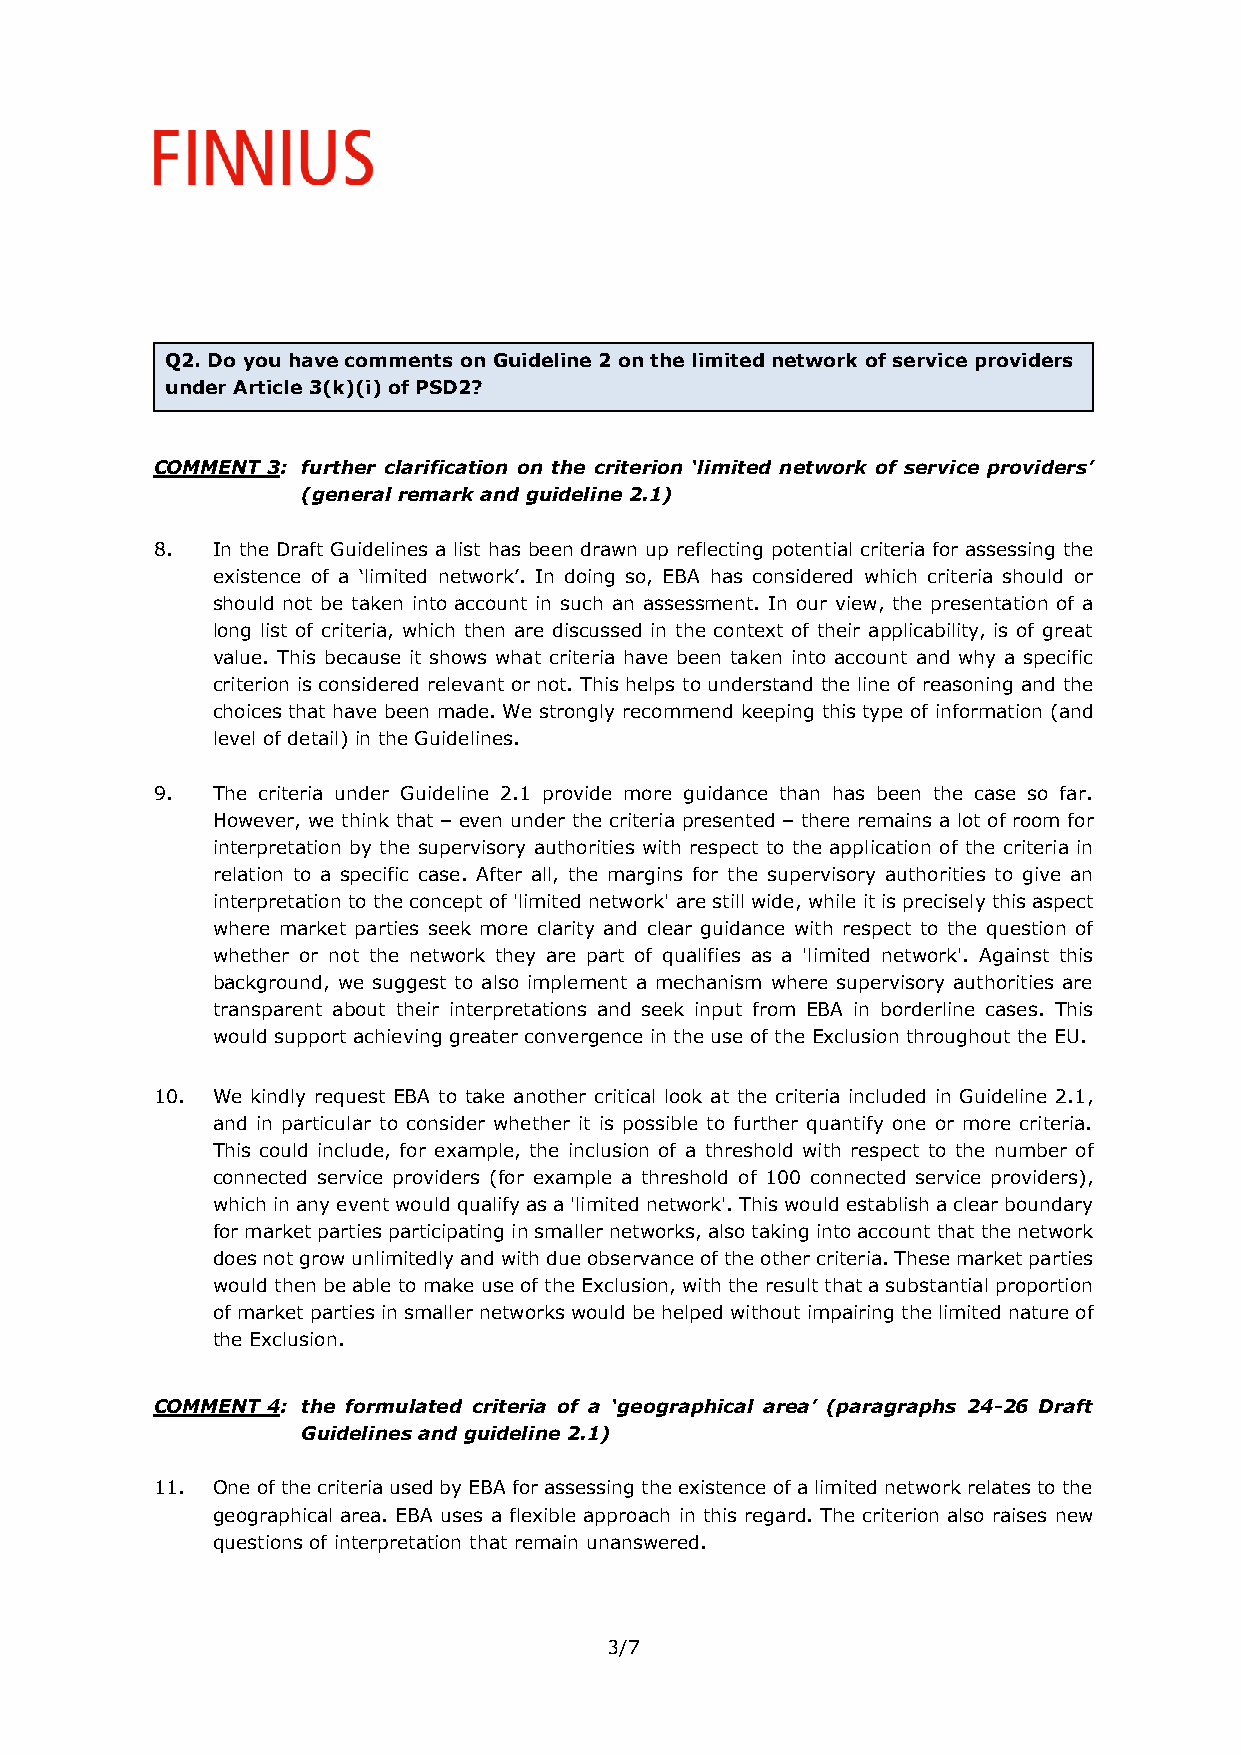
Q2. Do you have comments on Guideline 2 on the limited network of service providers
 under Article 3(k)(i) of PSD2?
 COMMENT 3: further clarification on the criterion ‘limited network of service providers’
 (general remark and guideline 2.1)
 8.  In the Draft Guidelines a list has been drawn up reflecting potential criteria for assessing the
 existence of a ‘limited network’. In doing so, EBA has considered which criteria should or
 should not be taken into account in such an assessment. In our view, the presentation of a
 long list of criteria, which then are discussed in the context of their applicability, is of great
 value. This because it shows what criteria have been taken into account and why a specific
 criterion is considered relevant or not. This helps to understand the line of reasoning and the
 choices that have been made. We strongly recommend keeping this type of information (and
 level of detail) in the Guidelines.
 9.  The criteria under Guideline 2.1 provide more guidance than has been the case so far.
 However, we think that – even under the criteria presented – there remains a lot of room for
 interpretation by the supervisory authorities with respect to the application of the criteria in
 relation to a specific case. After all, the margins for the supervisory authorities to give an
 interpretation to the concept of 'limited network' are still wide, while it is precisely this aspect
 where market parties seek more clarity and clear guidance with respect to the question of
 whether or not the network they are part of qualifies as a 'limited network'. Against this
 background, we suggest to also implement a mechanism where supervisory authorities are
 transparent about their interpretations and seek input from EBA in borderline cases. This
 would support achieving greater convergence in the use of the Exclusion throughout the EU.
 10. We kindly request EBA to take another critical look at the criteria included in Guideline 2.1,
 and in particular to consider whether it is possible to further quantify one or more criteria.
 This could include, for example, the inclusion of a threshold with respect to the number of
 connected service providers (for example a threshold of 100 connected service providers),
 which in any event would qualify as a 'limited network'. This would establish a clear boundary
 for market parties participating in smaller networks, also taking into account that the network
 does not grow unlimitedly and with due observance of the other criteria. These market parties
 would then be able to make use of the Exclusion, with the result that a substantial proportion
 of market parties in smaller networks would be helped without impairing the limited nature of
 the Exclusion.
 COMMENT 4: the formulated criteria of a ‘geographical area’ (paragraphs 24-26 Draft
 Guidelines and guideline 2.1)
 11. One of the criteria used by EBA for assessing the existence of a limited network relates to the
 geographical area. EBA uses a flexible approach in this regard. The criterion also raises new
 questions of interpretation that remain unanswered.
 3/7